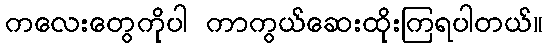
ကလေးတွေကိုပါ ကာကွယ်ဆေးထိုးကြရပါတယ်။